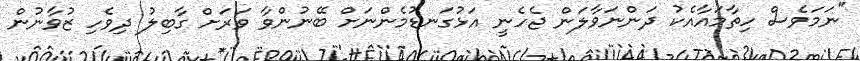
"ނަމަވެސް ހިތާމައާއެކު ދަންނަވާލަން ޖެހެނީ އަޅުގަނޑުމެންނަށް ބޭނުންވާ ވަރަށް ގާބިލު ދިވެހި ޒުވާނުން